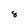
Character: 8